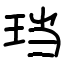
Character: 珰